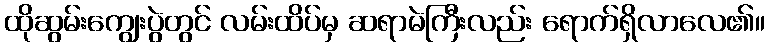
ထိုဆွမ်းကျွေးပွဲတွင် လမ်းထိပ်မှ ဆရာမဲကြီးလည်း ရောက်ရှိလာလေ၏။